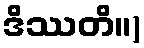
ဒိဿတိ။)